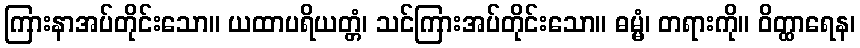
ကြားနာအပ်တိုင်းသော။ ယထာပရိယတ္တံ၊ သင်ကြားအပ်တိုင်းသော။ ဓမ္မံ၊ တရားကို။ ဝိတ္ထာရေန၊